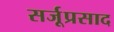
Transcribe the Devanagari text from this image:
सर्जूप्रसाद